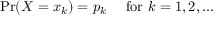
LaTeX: \Pr ( X = x _ { k } ) = p _ { k } \quad { \mathrm { ~ f o r ~ } } k = 1 , 2 , \ldots